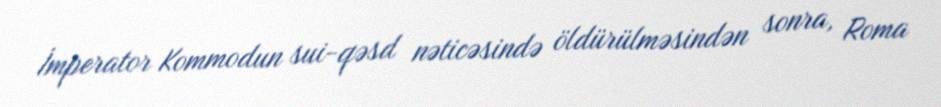
İmperator Kommodun sui-qəsd nəticəsində öldürülməsindən sonra, Roma